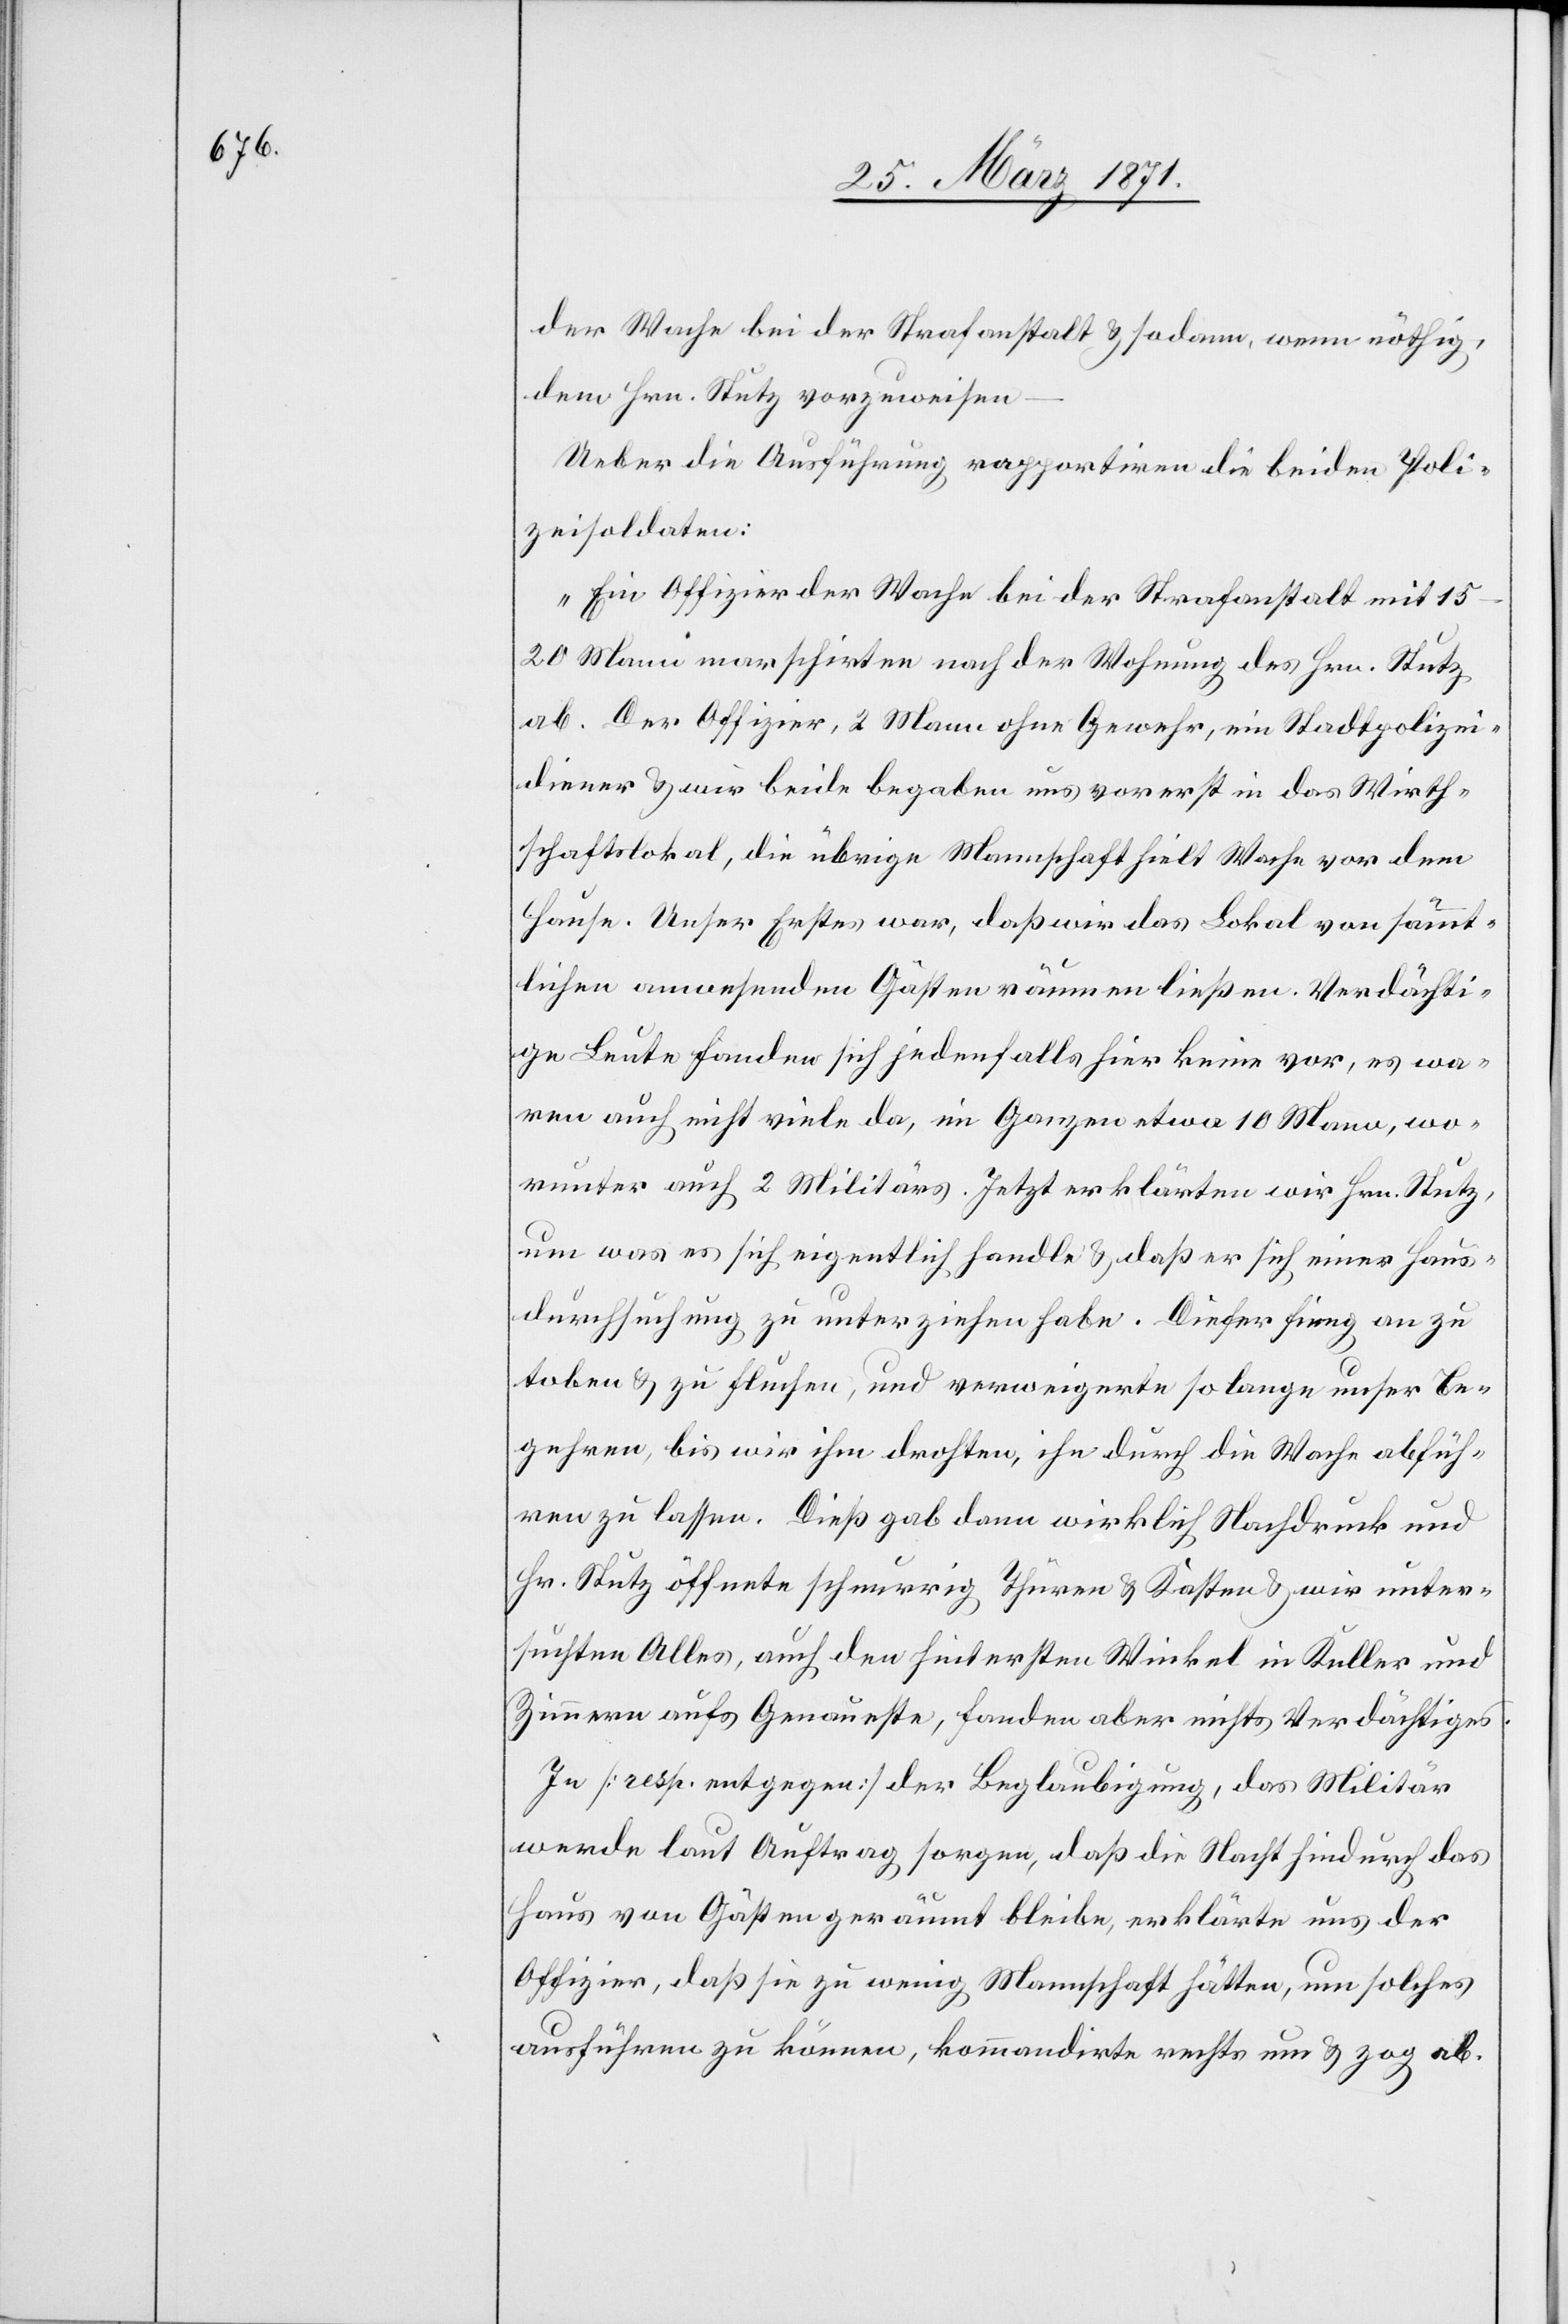
der Wache bei der Strafanstalt u. sodann, wenn nöthig
dem Hrn. Stutz vorzuweisen
Ueber die Ausführung rapportiren die beiden Poli¬
zeisoldaten:
„Ein Offizier der Wache bei der Strafanstalt mit
15–20 Mann marschirten nach der Wohnung des Hrn. Stutz
ab. Der Offizier, 2 Mann ohne Gewehr, ein Stadtpolizei¬
diener u. wir beide begaben uns vorerst in das Wirth¬
schaftslokal, die übrige Mannschaft hielt Wache vor dem
Hause. Unser Erstes war, daß wir das Lokal von sämmt¬
lichen anwesenden Gästen räumen ließen. Verdächti¬
ge Leute fanden sich jedenfalls hier keine vor, es wa¬
ren auch nicht viele da, im Ganzen etwa 10 Mann, wo¬
runter auch 2 Militärs. Jetzt erklärten wir Hrn. Stutz,
um was es sich eigentlich handle u. daß er sich einer Haus¬
durchsuchung zu unterziehen habe. Dieser fing an zu
toben u. zu fluchen, und verweigerte so lange unser Be¬
gehren, bis wir ihm drohten, ihn durch die Wache abfüh¬
ren zu lassen. Dieß gab dann wirklich Nachdruck und
Hr. Stutz öffnete schnurrig Thüren u. Kasten u. wir unter¬
suchten Alles, auch den hintersten Winkel in Keller und
Zimmern aufs Genäueste, fanden aber nichts Verdächtiges.
In [resp. entgegen] der Beglaubigung, das Militär
werde laut Auftrag sorgen, daß die Nacht hindurch das
Haus von Gästen geräumt bleibe, erklärte uns der
Offizier, daß sie zu wenig Mannschaft hätten, um solches
ausführen zu können, kommandirte rechts um u. zog ab.